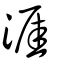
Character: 涯